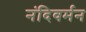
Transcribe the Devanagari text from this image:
नंदिवर्मन